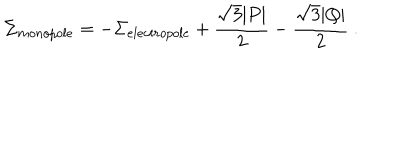
\Sigma _ { m o n o p o l e } = - \Sigma _ { e l e c t r o p o l e } + { \frac { \sqrt 3 | P | } { 2 } } - { \frac { \sqrt 3 | Q | } { 2 } } \ .